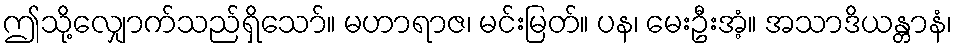
ဤသို့လျှောက်သည်ရှိသော်။ မဟာရာဇ၊ မင်းမြတ်။ ပန၊ မေးဦးအံ့။ အသာဒိယန္တာနံ၊